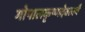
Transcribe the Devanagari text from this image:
गोपालकृष्णदेवतायै